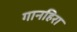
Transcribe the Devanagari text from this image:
गानहिरा